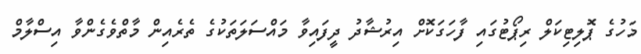
މަހުގެ ޕޮލިޓިކަލް ރިޕޯޓުގައި ފާހަގަކޮށް އިރުޝާދު ދީފައިވާ މައްސަލަތަކުގެ ތެރެއިން މާތްވެގެންވާ އިސްލާމް